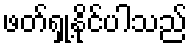
ဖတ်ရှု့နိုင်ပါသည်